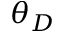
\theta _ { D }